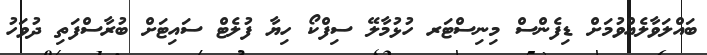
ބައްލަވާލެއްވުމަށް ޑިފެންސް މިނިސްޓަރ ހުޅުމާލޭ ސިފްކޯ ހިޔާ ފުލެޓް ސައިޓަށް ބުރާސްފަތި ދުވަހު